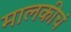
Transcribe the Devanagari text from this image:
मालकीचं